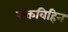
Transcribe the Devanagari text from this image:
रक्तविहिन